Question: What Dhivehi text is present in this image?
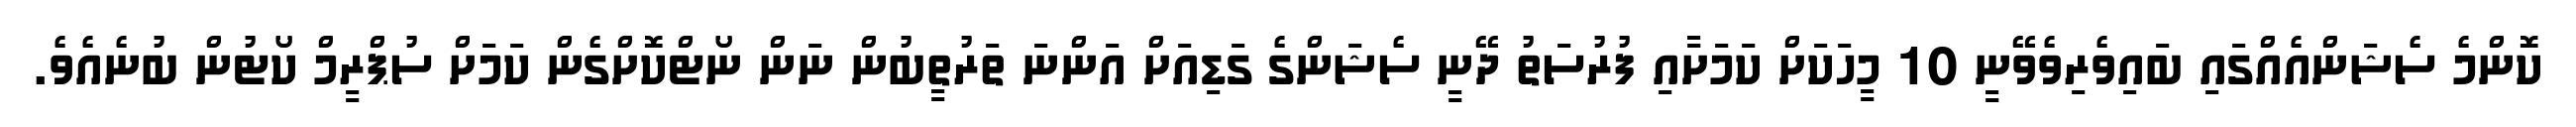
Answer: ކޮންމެ ސެޝަންއެއްގައި ބައިވެރިވެވޭނީ 10 މީހަކަށް ކަމަށާއި ފުރުސަތު ދޭނީ ސެޝަންގެ ގަޑިއަށް އަންނަ ތަރުތީބުން ނަން ނޯޓްކޮށްގެން ކަމަށް ސުޕްރީމް ކޯޓުން ބުނެއެވެ.